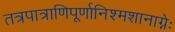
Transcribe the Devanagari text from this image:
तत्रपात्राणिपूर्णानिश्मशानाग्नेः